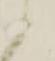
候